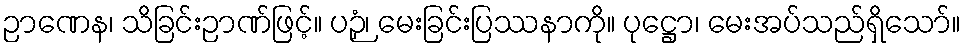
ဉာဏေန၊ သိခြင်းဉာဏ်ဖြင့်။ ပဉှံ၊ မေးခြင်းပြဿနာကို။ ပုဋ္ဌော၊ မေးအပ်သည်ရှိသော်။